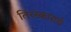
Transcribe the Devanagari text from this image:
तिरस्काराचे